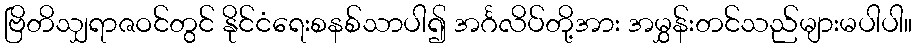
ဗြိတိသျှရာဇဝင်တွင် နိုင်ငံရေးစနစ်သာပါ၍ အင်္ဂလိပ်တို့အား အမွှန်းတင်သည်များမပါပါ။